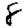
Digit: 8